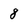
Character: 8